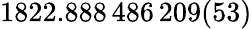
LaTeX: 1822.888\, 486\, 209(53)